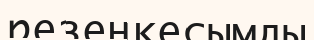
резеңкесымды